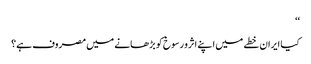
‘‘
کیا ایران خطے میں اپنے اثرو رسوخ کو بڑھانے میں مصروف ہے؟